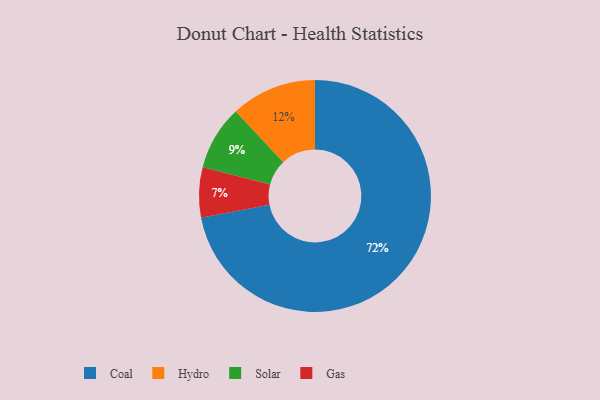
{"axis": {"x": "Category", "y": "Percentage"}, "legend": ["Coal", "Gas", "Hydro", "Solar"], "data": [{"x": "Hydro", "y": 12, "type": "Hydro"}, {"x": "Coal", "y": 72, "type": "Coal"}, {"x": "Solar", "y": 9, "type": "Solar"}, {"x": "Gas", "y": 7, "type": "Gas"}]}